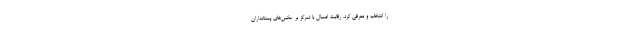
را انتخاب و معرفی کرد. رقابت امسال با تمرکز بر عکس‌های پستانداران